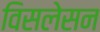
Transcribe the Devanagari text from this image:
विसलेसन